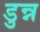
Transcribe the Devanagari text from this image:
डुन्न